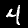
Label: 4